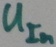
Text: UIn